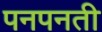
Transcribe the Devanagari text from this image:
पनपनती